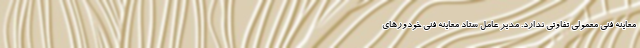
معاینه فنی معمولی تفاوتی ندارد. مدیر عامل ستاد معاینه فنی خودورهای